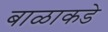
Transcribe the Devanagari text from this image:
बाळाकडे